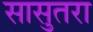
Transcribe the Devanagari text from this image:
सासुतरा